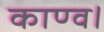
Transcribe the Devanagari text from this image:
काण्व।